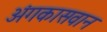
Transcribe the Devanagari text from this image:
अंगकासवान